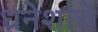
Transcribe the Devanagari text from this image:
धनेशांचे